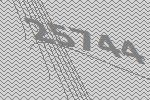
25744